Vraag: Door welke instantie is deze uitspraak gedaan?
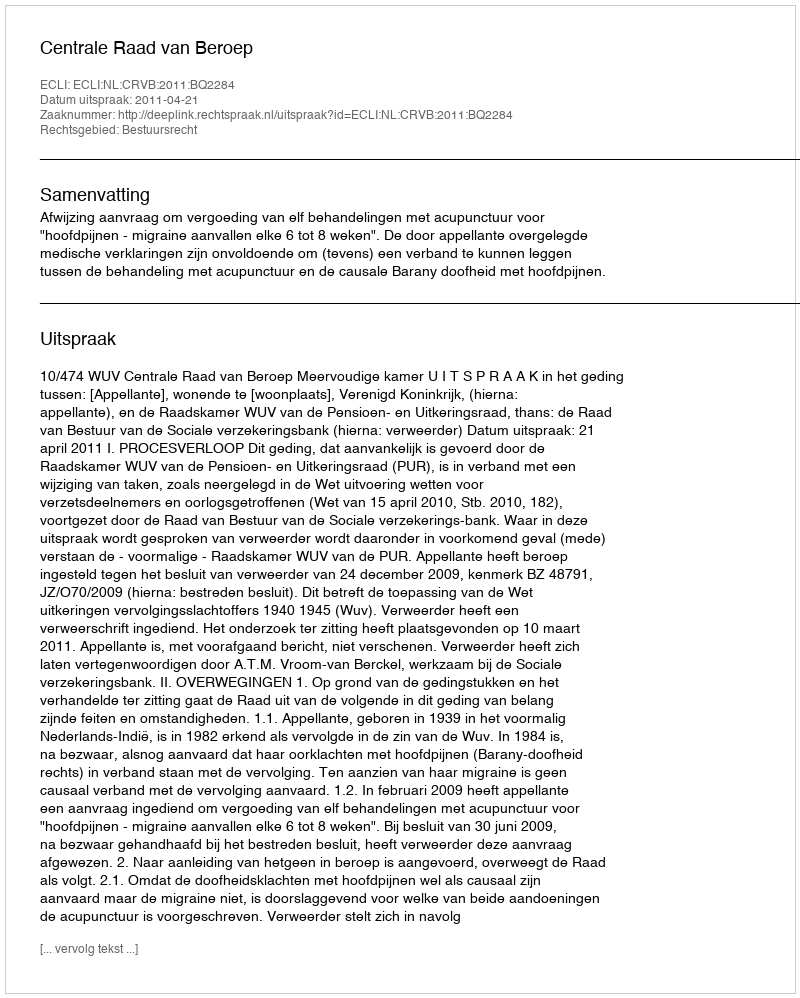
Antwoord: Centrale Raad van Beroep